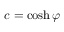
c = \cosh \varphi